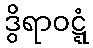
ဒွိရာဝဋ္ဋံ